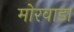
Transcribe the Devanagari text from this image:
मोरवाडा